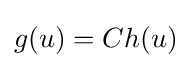
g(u)=Ch(u)